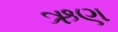
ઋણ